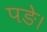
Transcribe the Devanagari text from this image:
पङे।